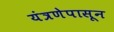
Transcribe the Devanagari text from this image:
यंत्रणेपासून